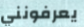
يعرفونني